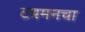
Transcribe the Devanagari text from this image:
टबमनचा